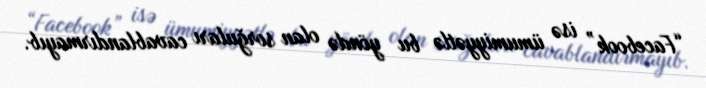
“Facebook” isə ümumiyyətlə bu yöndə olan sorğuları cavablandırmayıb.